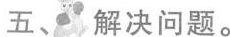
五、解决问题。